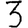
Digit: 3